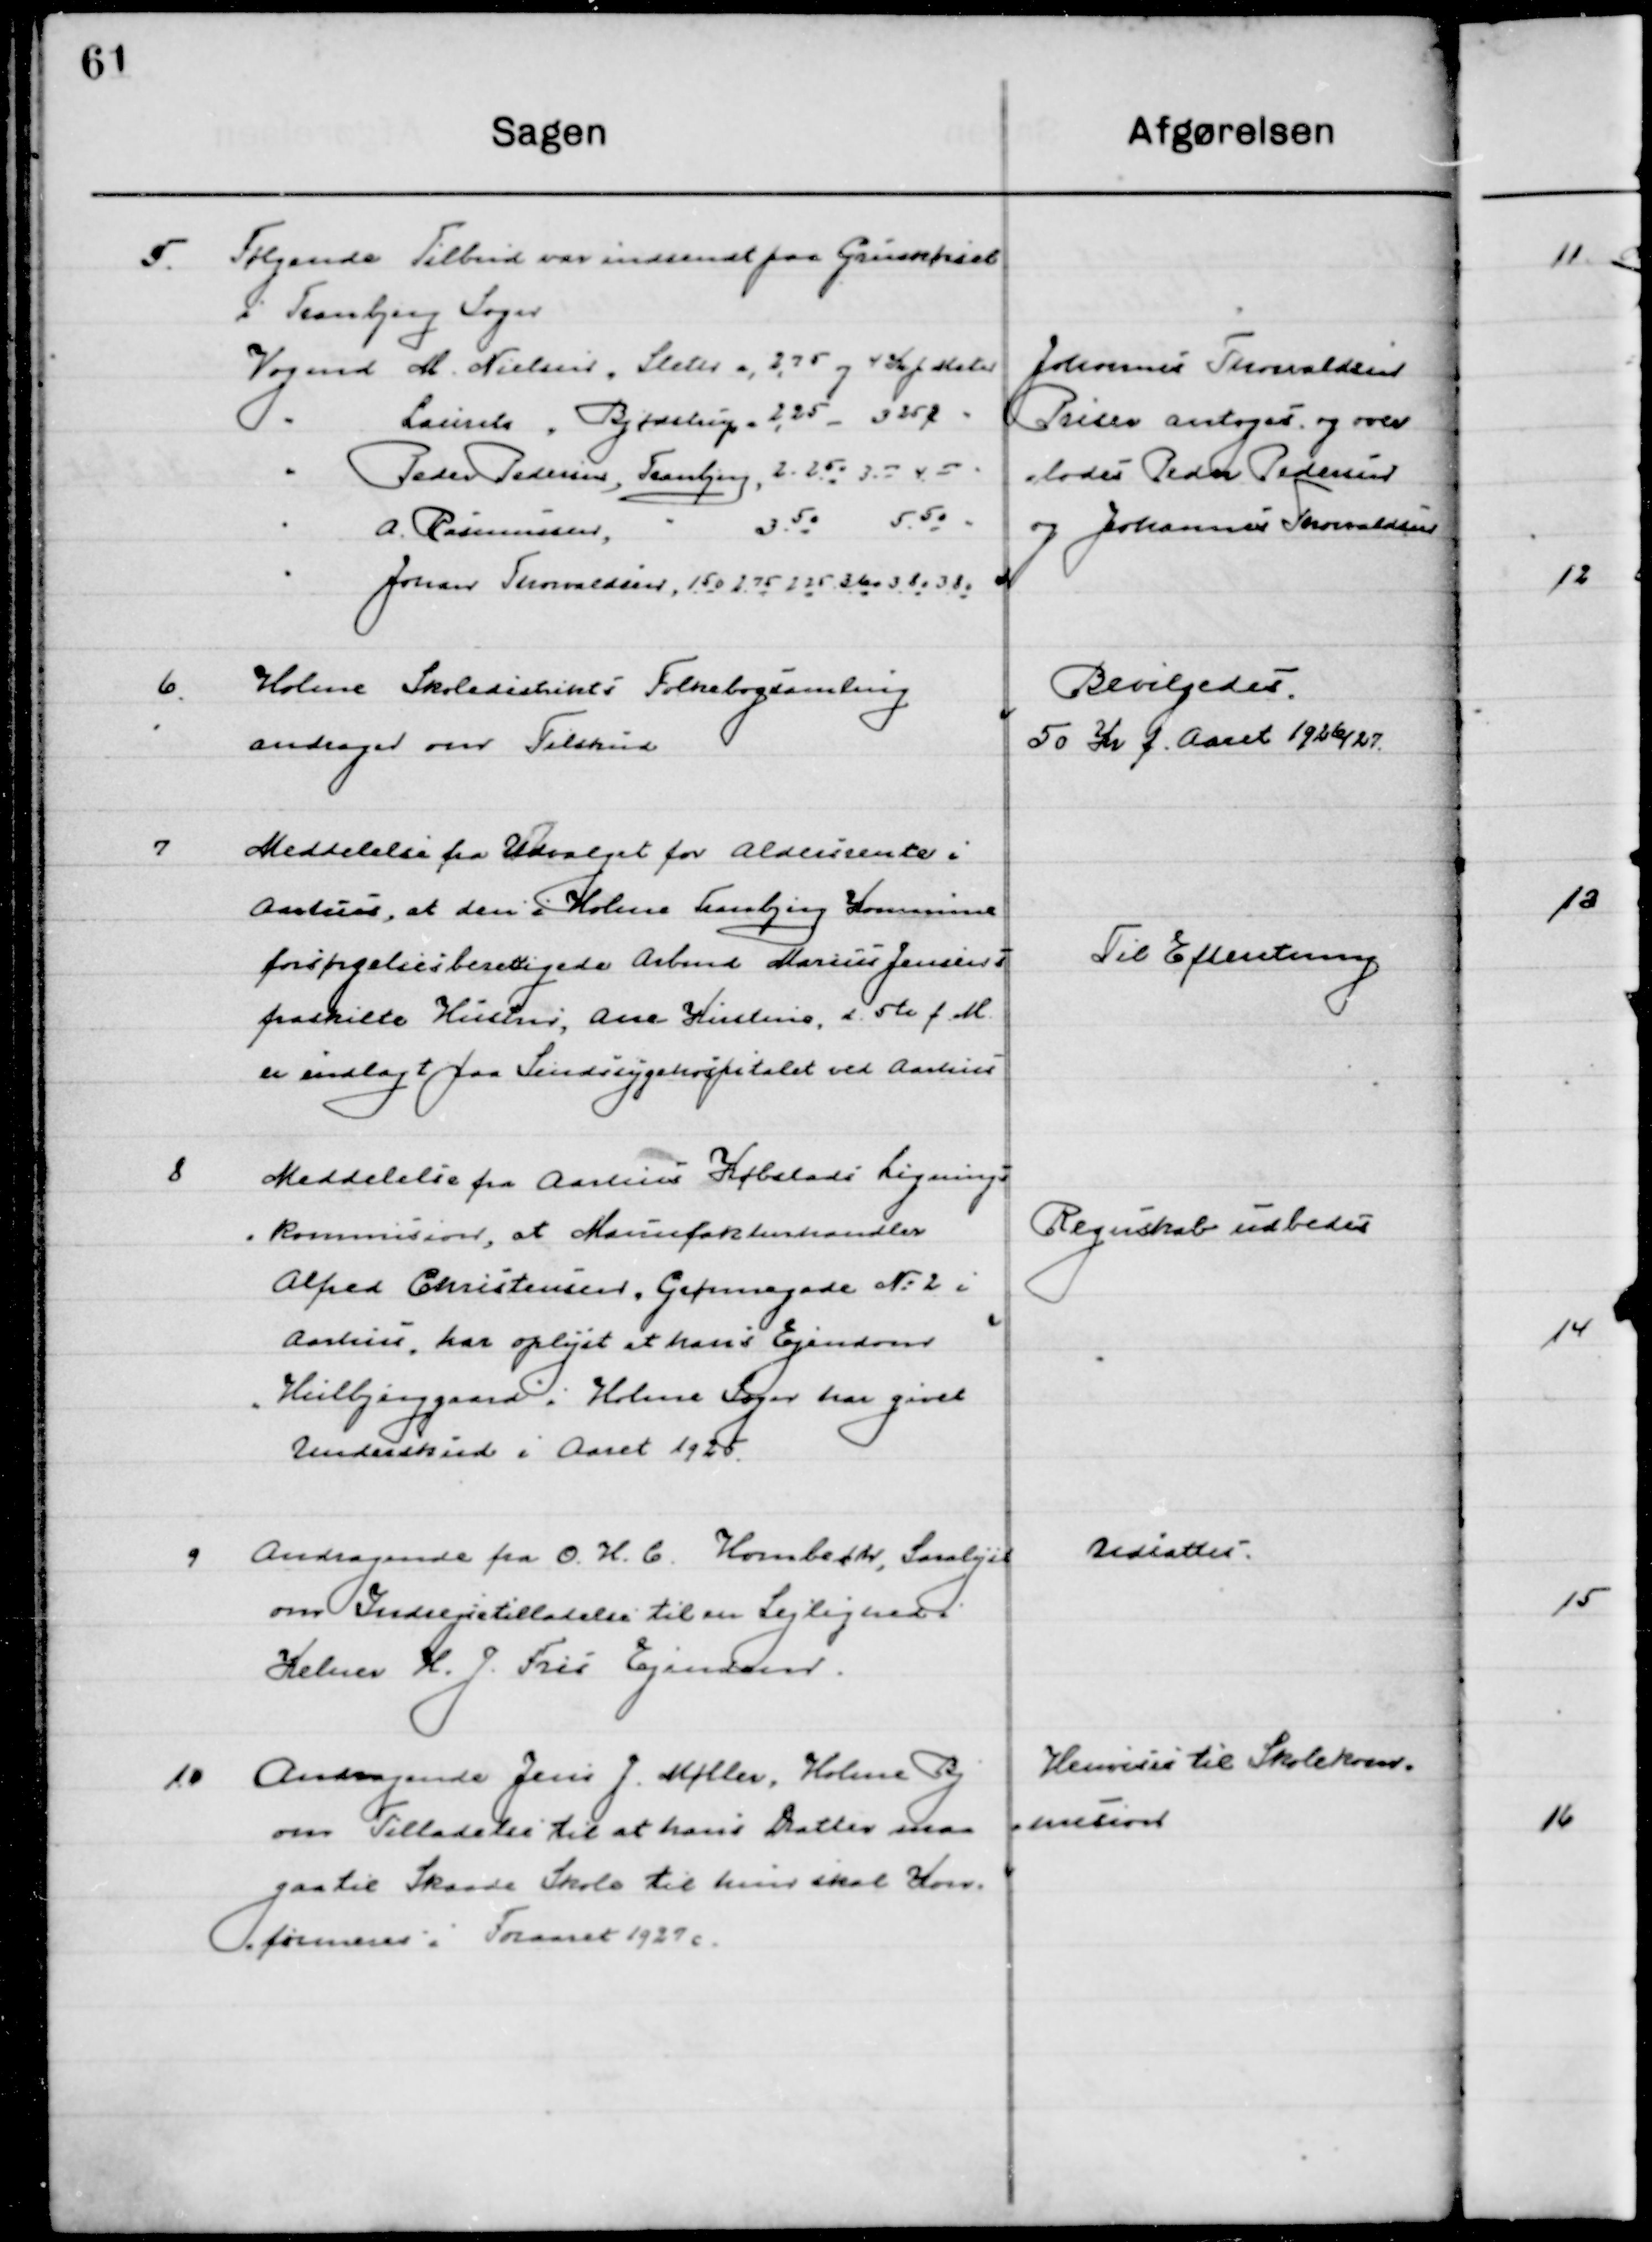
Transskription:
5

Følgende tilbud var indsendt paa Grus kørsel 
i Tranbjerg Sogn
Vogmd. 	M. Nielsen, Sleter a, 2,75 og 4  Kr. p Meter
- Laurits, Bjødstrup a 2,25 –	3, 25 Ø –
- Peder Pedersen, Tranbjerg	2	–	2,25, 3, - og 4,,00-
- A. Rasmussen, 3,50 5,50 –
- Johanes Thorvaldsen	1,50 2,75   2,25  3 Kr. 3,80 -	3,80

Johannes Thorvaldsen
Priser antoges og over-
Lodes Peder Pedersen
og Johannes Thorvaldsen

6

Holme Skoledistrikts Folkebogsamling
andrager om Tilskud.

Bevilgedes
50 Kr. f. Aaret 1926/27

7

Meddelelse fra Udvalget for Aldersrente i
Aarhus, at den i Holme Tranbjerg Kommune 
forsørgelsesberettede Arbmd. Marius Jensen i
fraskilte Hustru, Ane Kierstine, d. 5te f. M.
er indlagt paa Sindssygehospitalet ved Aarhus

Til Efterretning

8

Meddelelse fra Aarhus Købstads Lignings-
Kommission, at Manufakturhandler 
Alfred Christensen, Grønnegade Nr. 2 i
Aarhus, har oplyst at hans Ejendom
”Hulbjerggaard ” i Holme Sogn har givet 
Underskud i Aaret 1925.

Regnskab udbedes

9

Andragende fra O. K. G. Hornbjerg, Saralyst
om Indrejsetilladelse til en Lejlighed i
Kelner H. J. Fris Ejendom

Udsattes

10

Andragende fra Jens J. Møller, Holme By
om Tilladelse til at hans Datter maa
gaa til Skaade Skole til hun skal Kon-
firmeres i foraaret 1927.

Henvises til Skolekom-
missionen